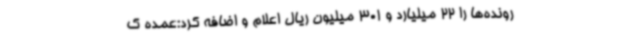
رونده‌ها را 22 میلیارد و 301 میلیون ریال اعلام و اضافه کرد:عمده ک